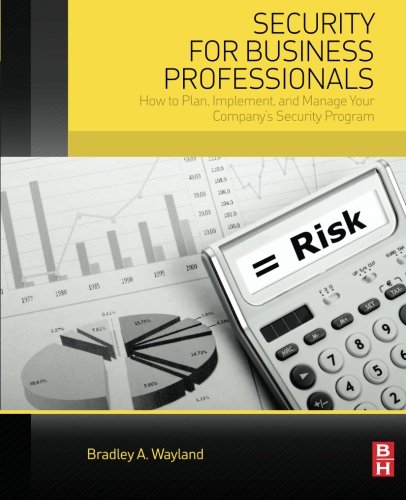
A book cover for Security for Business Professionals: How to Plan, Implement, and Manage Your Company's Security Program; Bradley A. Wayland; Business & Money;